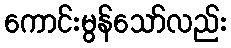
ကောင်းမွန်သော်လည်း